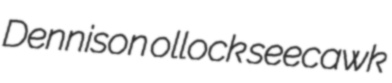
Dennison ollock seecawk